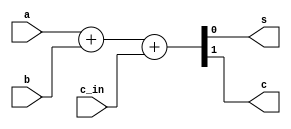
`timescale 1ns / 1ps
//////////////////////////////////////////////////////////////////////////////////
// Company: 
// Engineer: 
// 
// Design Name: 
// Module Name: FA_dataflow
// Project Name: 
// Target Devices: 
// Tool Versions: 
// Description: 
// 
// Dependencies: 
// 
// Revision:
// Revision 0.01 - File Created
// Additional Comments:
// 
//////////////////////////////////////////////////////////////////////////////////


module FA_dataflow(
    input a,
    input b,
    input c_in,
    output s,
    output c
    );
  // assign s = a^b^c_in;
  // assign c = (a & b) | (b & c_in) | (a & c_in);
     assign {c, s} = a + b + c_in;  // computes the value of RHS and assigns its value to c, s as 2 input vector
endmodule